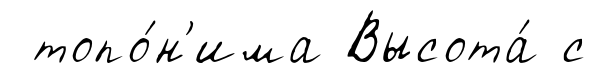
топо́н'има Высота́ с